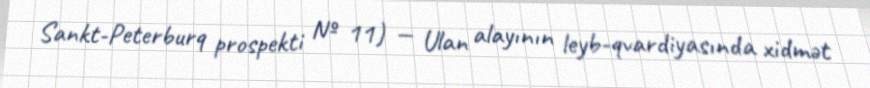
Sankt-Peterburq prospekti № 11) — Ulan alayının leyb-qvardiyasında xidmət